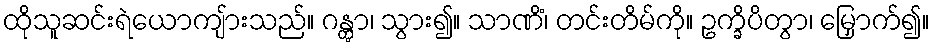
ထိုသူဆင်းရဲယောကျ်ားသည်။ ဂန္တွာ၊ သွား၍။ သာဏိံ၊ တင်းတိမ်ကို။ ဥက္ခိပိတွာ၊ မြှောက်၍။